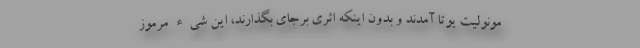
مونولیت یوتا آمدند و بدون اینکه اثری برجای بگذارند، این شیء مرموز